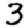
Digit: 3